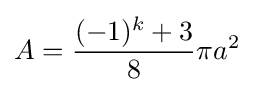
A={\frac {(-1)^{k}+3}{8}}\pi a^{2}